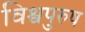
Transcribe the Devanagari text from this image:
विश्वपुरुष